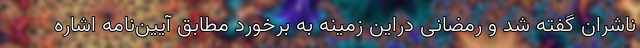
ناشران گفته شد و رمضانی دراین زمینه به برخورد مطابق آیین‌نامه اشاره